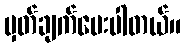
မှတ်ချက်ပေးပါတယ်။